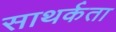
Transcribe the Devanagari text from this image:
साथर्कता